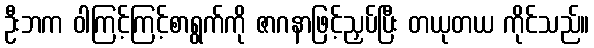
ဦးဘက ဝါကြင့်ကြင့်စာရွက်ကို ဇာဂနာဖြင့်ညှပ်ပြီး တယုတယ ကိုင်သည်။